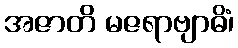
အဇာတိ မဇရာဗျာဓိံ၊